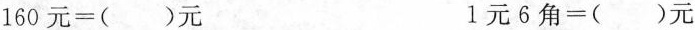
$$160元=()元$$ $$1元6角=()元$$